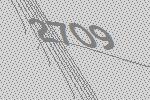
2709